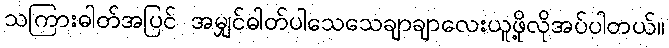
သကြားဓါတ်အပြင် အမျှင်ဓါတ်ပါသေသေချာချာလေးယူဖို့လိုအပ်ပါတယ်။